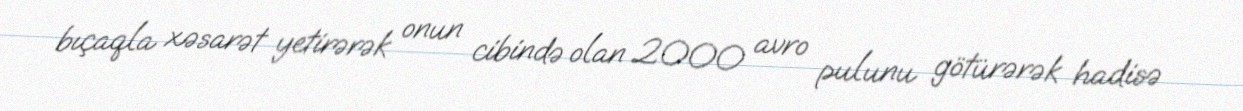
bıçaqla xəsarət yetirərək onun cibində olan 2000 avro pulunu götürərək hadisə